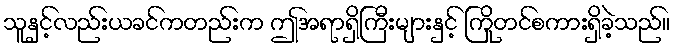
သူနှင့်လည်းယခင်ကတည်းက ဤအရာရှိကြီးများနှင့် ကြိုတင်စကားရှိခဲ့သည်။